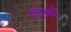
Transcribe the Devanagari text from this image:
लॉर्का